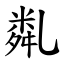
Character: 亃